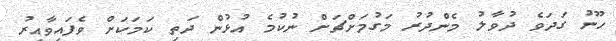
ހޫނު ގަދަވެ ދުވާލު މެންދުރު މަގުމަށްޗަށް ނުކުމެ އުޅުން ދަތި ކަމަކަށް ވެފައިވާއިރު